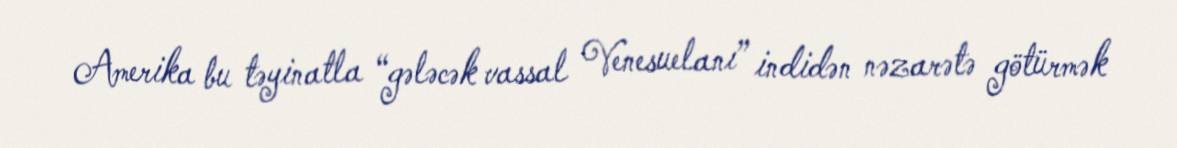
Amerika bu təyinatla “gələcək vassal Venesuelanı” indidən nəzarətə götürmək